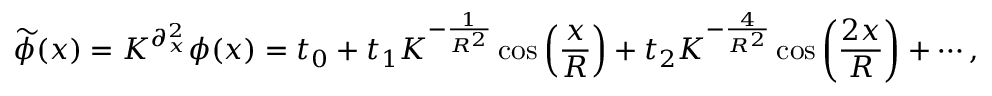
\widetilde \phi ( x ) = K ^ { \partial _ { x } ^ { 2 } } \phi ( x ) = t _ { 0 } + t _ { 1 } K ^ { - \frac { 1 } { { R ^ { 2 } } } } \cos \left( { \frac { x } { R } } \right) + t _ { 2 } K ^ { - \frac { 4 } { { R ^ { 2 } } } } \cos \left( { \frac { { 2 x } } { R } } \right) + \cdots ,